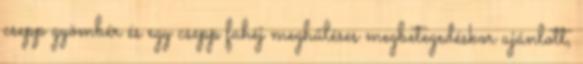
csepp gyömbér és egy csepp fahéj meghűléses megbetegedéskor ajánlott,